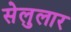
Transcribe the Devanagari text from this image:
सेलुलार